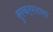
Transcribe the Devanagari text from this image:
सुरकर्मशाला